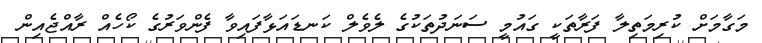
މަގާމަށް ކުރިމަތިލާ ފަރާތަކީ ގައުމީ ސަނަދުތަކުގެ ލެވެލް ކަނޑައަޅާފައިވާ ފެންވަރުގެ ކޯހެއް ރާއްޖެއިން